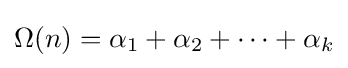
\Omega (n)=\alpha _{1}+\alpha _{2}+\cdots +\alpha _{k}